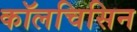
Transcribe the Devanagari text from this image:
कॉलचिसिन